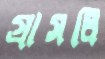
গ্রাসলি